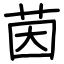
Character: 茵